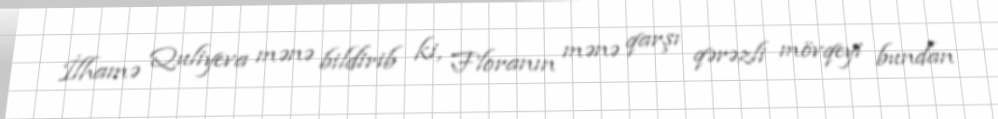
İlhamə Quliyeva mənə bildirib ki, Floranın mənə qarşı qərəzli mövqeyi bundan